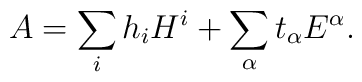
A  = \sum_i h_i H^i + \sum_\alpha t_\alpha E^\alpha.